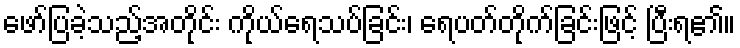
ဖော်ပြခဲ့သည့်အတိုင်း ကိုယ်ရေသပ်ခြင်း၊ ရေပတ်တိုက်ခြင်းဖြင့် ပြီးရ၏။